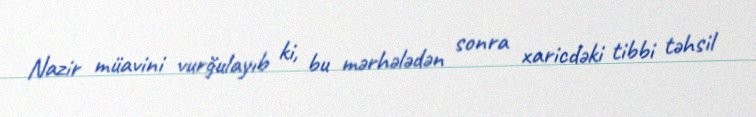
Nazir müavini vurğulayıb ki, bu mərhələdən sonra xaricdəki tibbi təhsil